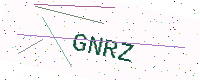
Text: GNRZ